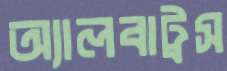
অ্যালবাট্রস